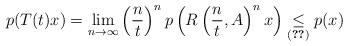
LaTeX: \begin{align*} p(T(t)x)=\lim_{n\to\infty}\left(\frac{n}{t}\right)^{n}p\left(R\left(\frac{n}{t},A\right)^{n}x\right)\underset{\eqref{eq:res_cont}}{\leq} p(x)\end{align*}